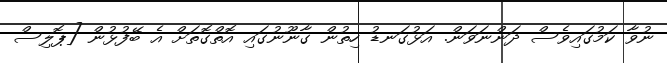
ނުވާ ކަމުގައިވެސް ދަންނަވަން. އަޅުގަނޑު ހިތުން ގާނޫނުގައި އޮތްގޮތަށް އެ ބޭފުޅުން [ޕޮލިސް